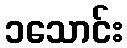
၁သောင်း